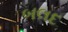
બલદ